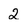
Character: 2